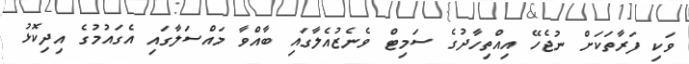
ވަކި ފަރާތަކަށް ނުޖެހޭ އިއްތިހާދުގެ ސަމިޓް ވެނެޒުއެލާގައި ބާއްވާ މައްސަލާގައި އެގައުމުގެ އިދިކޮޅު